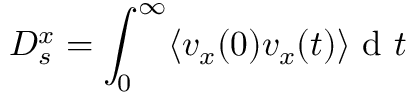
D _ { s } ^ { x } = \int _ { 0 } ^ { \infty } \langle v _ { x } ( 0 ) v _ { x } ( t ) \rangle \textrm { d } t